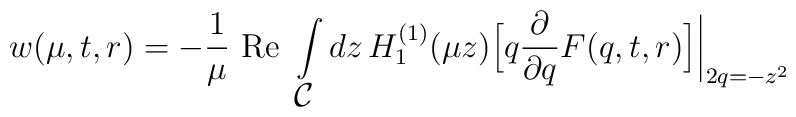
w(\mu,t,r)=-\frac{1}{\mu}\mbox{ Re }\int\limits_{\textstyle {\cal C}}dz\,H_1^{(1)}(\mu z)\Bigl[q\frac{\partial}{\partial q}F(q,t,r)\Bigr]\biggl |_{2q=-z^2}